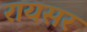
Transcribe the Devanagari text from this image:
रायसर